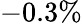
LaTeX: -0.3\%